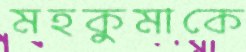
মহকুমাকে